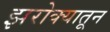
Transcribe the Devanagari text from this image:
झरोक्यातून